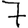
Digit: 7